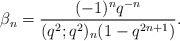
\begin{align*} \beta_n = \frac{(-1)^nq^{-n}}{(q^2;q^2)_{n}(1-q^{2n+1})}.\end{align*}